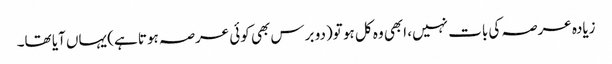
زیادہ عرصہ کی بات نہیں، ابھی وہ کل ہو تو(دو برس بھی کوئی عرصہ ہوتا ہے) یہاں آیا تھا۔